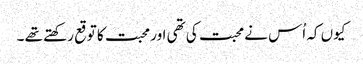
کیوں کہ اُس نے محبت کی تھی اور محبت کا توقع رکھتے تھے ۔